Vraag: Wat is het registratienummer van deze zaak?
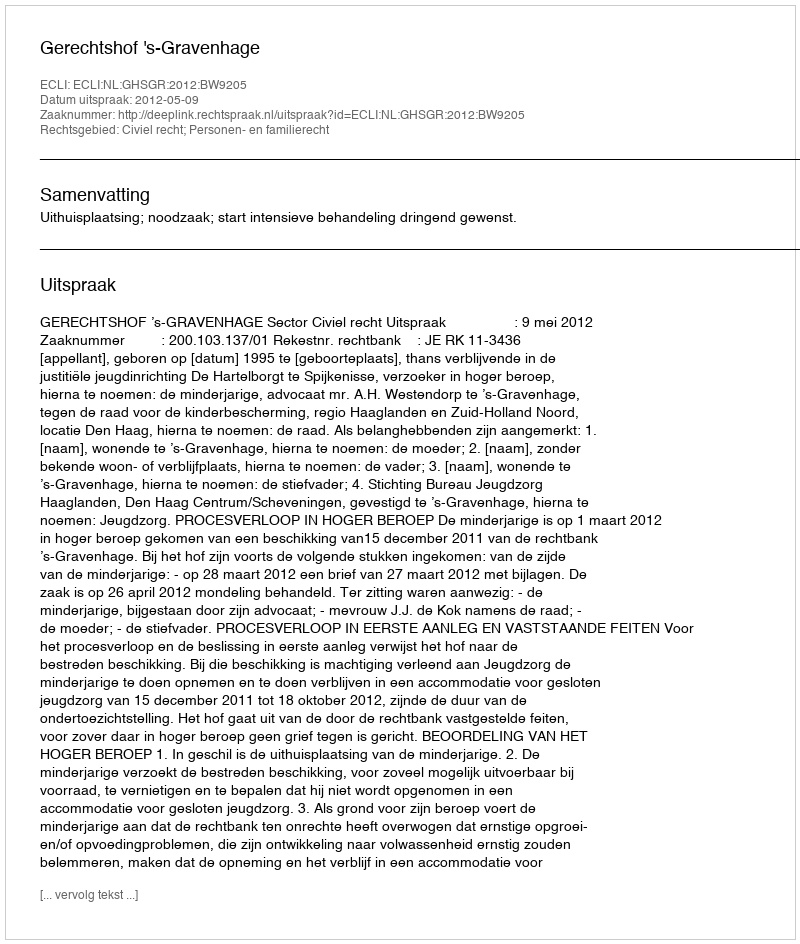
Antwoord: http://deeplink.rechtspraak.nl/uitspraak?id=ECLI:NL:GHSGR:2012:BW9205